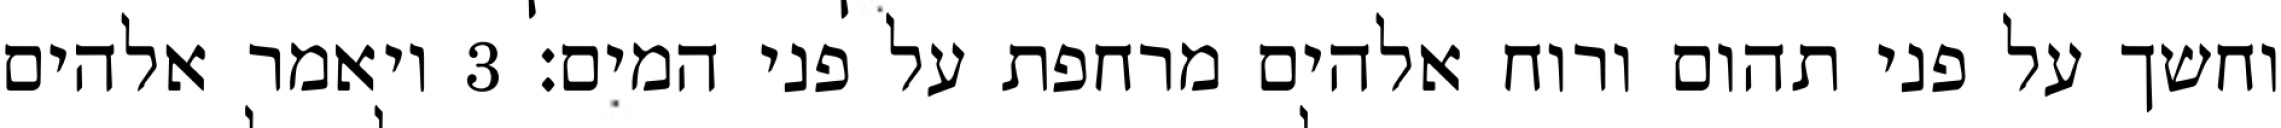
וחשך על פני תהום ורוח אלהים מרחפת על פני המים׃ ‎3‏ ויאמר אלהים